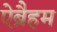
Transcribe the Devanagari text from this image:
ऐब्रैहम